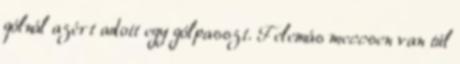
gólnál azért adott egy gólpasszt. Felemás meccsen van túl